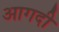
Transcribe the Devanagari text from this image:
आगदी